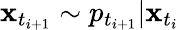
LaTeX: \mathbf{x}_{t_{i+1}}\sim p_{t_{i+1}}|\mathbf{x}_{t_{i}}